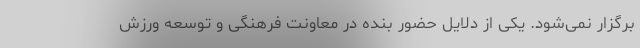
برگزار نمی‌شود. یکی از دلایل حضور بنده در معاونت فرهنگی و توسعه ورزش